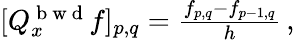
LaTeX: \begin{array}{r}{[Q_{x}^{\mathrm{~b~w~d~}}f]_{p,q}=\frac{f_{p,q}-f_{p-1,q}}{h}\, ,}\end{array}